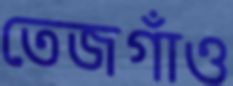
তেজগাঁও